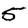
Digit: 5